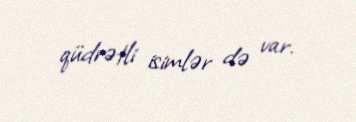
qüdrətli isimlər də var.